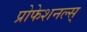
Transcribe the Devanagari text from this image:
प्रोफेशनल्स्